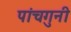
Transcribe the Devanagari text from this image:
पांचगुनी